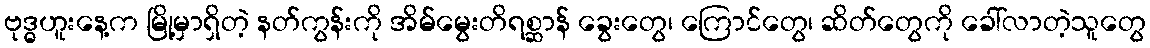
ဗုဒ္ဓဟူးနေ့က မြို့မှာရှိတဲ့ နတ်ကွန်းကို အိမ်မွေးတိရစ္ဆာန် ခွေးတွေ၊ ကြောင်တွေ၊ ဆိတ်တွေကို ခေါ်လာတဲ့သူတွေ